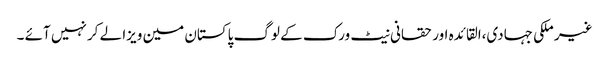
غیر ملکی جہادی،القائدہ اور حقانی نیٹ ورک کے لوگ پاکستان مین ویزا لے کر نہیں آئے ۔